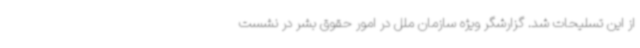
از این تسلیحات شد. گزارشگر ویژه سازمان ملل در امور حقوق بشر در نشست